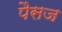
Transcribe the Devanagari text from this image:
पैसज